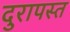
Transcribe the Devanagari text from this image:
दुरापस्त